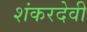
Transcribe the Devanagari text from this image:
शंकरदेवी